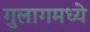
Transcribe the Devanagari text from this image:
गुलागमध्ये